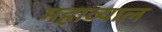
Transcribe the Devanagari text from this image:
महाव्याल